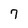
Character: 7